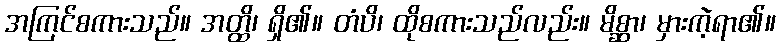
အကြင်စကားသည်။ အတ္ထိ၊ ရှိ၏။ တံပိ၊ ထိုစကားသည်လည်း။ မိစ္ဆာ၊ မှားကဲ့ရာ၏။